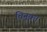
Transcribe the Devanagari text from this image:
चिनूक।